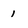
Character: 1